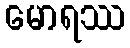
မောရဿ